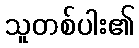
သူတစ်ပါး၏